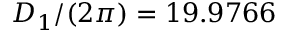
D _ { 1 } / ( 2 \pi ) = 1 9 . 9 7 6 6